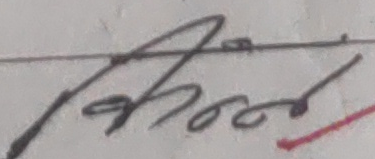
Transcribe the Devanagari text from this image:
आरोड